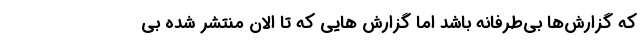
که گزارش‌ها بی‌طرفانه باشد اما گزارش هایی که تا الان منتشر شده بی